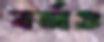
বর্তাও